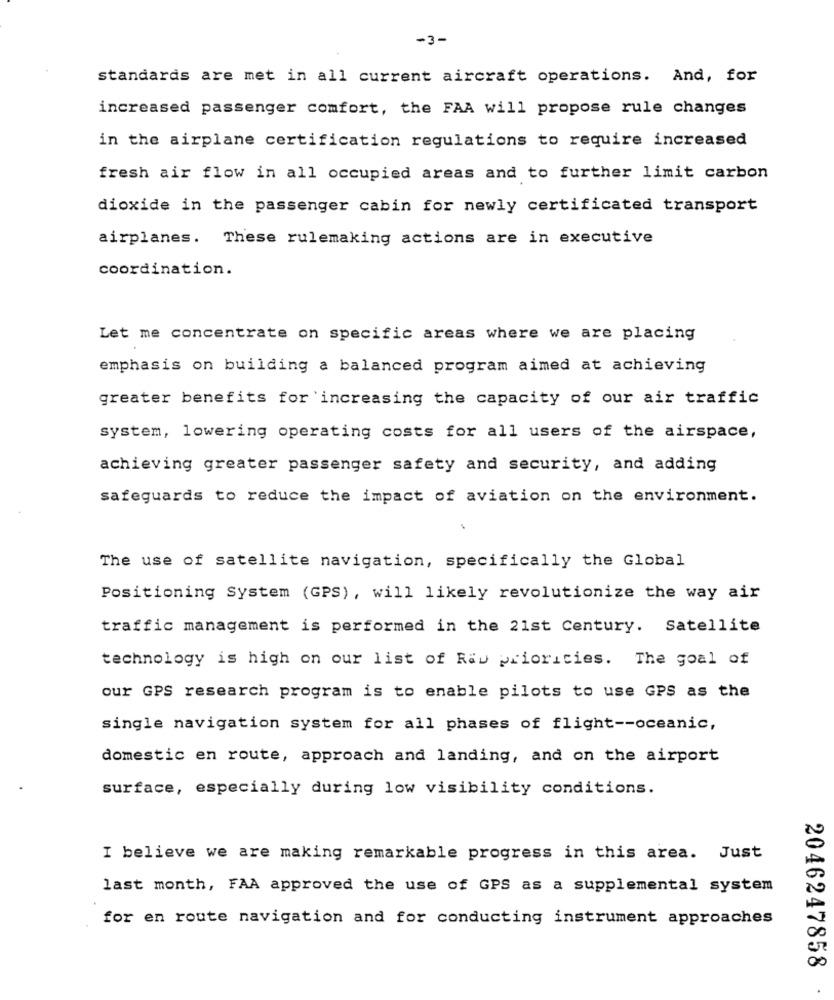
-3-
standards are met in all current aircraft operations. And, for
increased passenger comfort, the FAA will propose rule changes
in the airplane certification regulations to require increased
fresh air flow in all occupied areas and to further limit carbon
dioxide in the passenger cabin for newly certificated transport
airplanes. These rulemaking actions are in executive
coordination.
Let me concentrate on specific areas where we are placing
emphasis on building a balanced program aimed at achieving
greater benefits for increasing the capacity of our air traffic
system, lowering operating costs for all users of the airspace,
achieving greater passenger safety and security, and adding
safeguards to reduce the impact of aviation on the environment.
The use of satellite navigation, specifically the Global
Positioning System (GPS), will likely revolutionize the way air
traffic management is performed in the 21st Century. Satellite
technology is high on our list of Ray priorities. The goal of
our GPS research program is to enable pilots to use GPS as the
single navigation system for all phases of flight -- oceanic,
domestic en route, approach and landing, and on the airport
surface, especially during low visibility conditions.
I believe we are making remarkable progress in this area. Just
last month, FAA approved the use of GPS as a supplemental system
for en route navigation and for conducting instrument approaches
2046247858